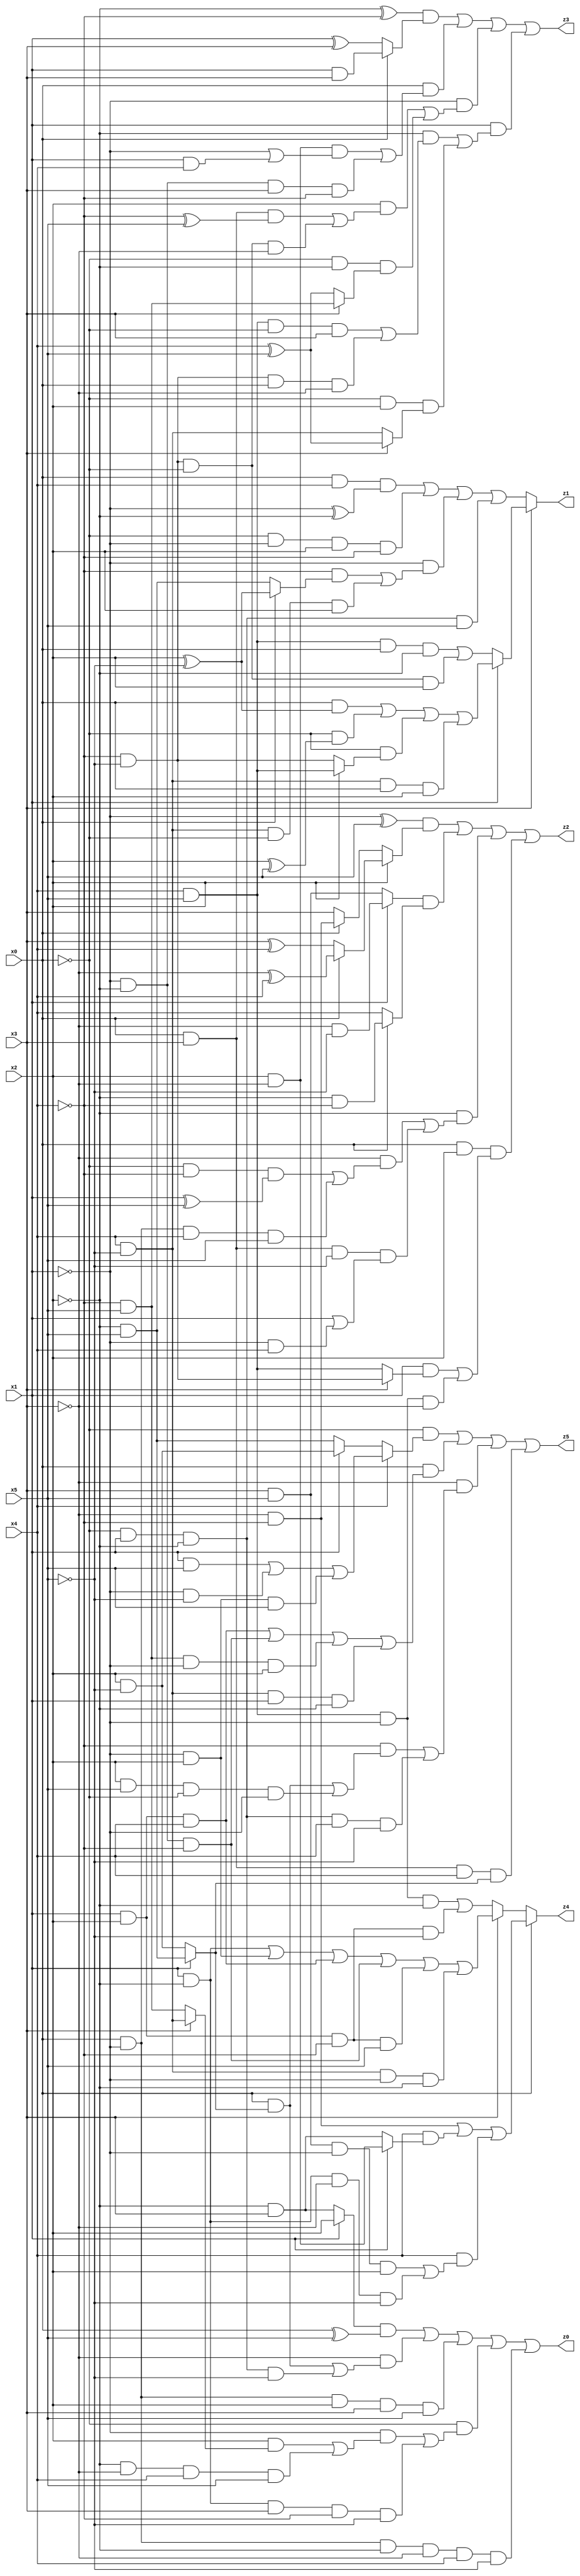
// Benchmark "X_52" written by ABC on Wed Jun 07 23:39:59 2023

module X_52 ( 
    x0, x1, x2, x3, x4, x5,
    z0, z1, z2, z3, z4, z5  );
  input  x0, x1, x2, x3, x4, x5;
  output z0, z1, z2, z3, z4, z5;
  assign z0 = ((x1 ? x2 : (~x2 & x3)) & (x0 ^ x5)) | (~x3 & ((x0 & (x1 ? (~x2 & x5) : (x2 & ~x5))) | (~x0 & x1 & ~x2 & ~x5))) | (x0 & ~x1 & x2 & x3 & x5) | (~x0 & ((~x1 & ((x2 & (x3 ? (x4 & ~x5) : (~x4 & x5))) | (~x2 & ~x3 & x4 & x5))) | (x1 & ~x2 & x3 & ~x4 & ~x5))) | (x0 & ~x1 & ~x2 & ~x3 & x4 & ~x5);
  assign z1 = x3 ? (x1 ? ((x0 & (x2 ^ ~x5)) | (~x0 & (x2 ^ x5)) | (~x0 & (x2 ? (x4 & x5) : (~x4 & ~x5))) | (x4 & ~x5 & x0 & x2)) : ((x4 & x5 & x0 & ~x2) | (~x4 & ~x5 & ~x0 & x2))) : ((x0 & x4 & (~x1 ^ ~x2)) | (~x0 & ~x1 & x2 & ~x4) | (~x1 & ((~x4 & (x0 ? (x2 ^ ~x5) : (~x2 & x5))) | (x4 & ~x5 & ~x0 & x2))) | (~x0 & x1 & ~x2 & x5));
  assign z2 = ((~x1 ^ x5) & (x2 ? (x0 ? (~x3 ^ x4) : (x3 ^ x4)) : (x0 ? (~x3 & ~x4) : x3))) | ((x1 ? (~x3 & ~x5) : (x3 & x5)) & (x0 ? (~x2 & ~x4) : x4)) | (~x2 & ((~x3 & ((~x0 & ~x4 & (x1 ^ x5)) | (x0 & ~x1 & x4 & x5))) | (x0 & x3 & ~x5 & (x1 | (~x1 & x4))))) | (x0 & x2 & ((x1 & (x3 ? (~x4 & ~x5) : (x4 & x5))) | (x4 & x5 & ~x1 & ~x3)));
  assign z3 = ((~x2 ^ ~x4) & (x0 ? (x1 & x3) : (x1 ^ x3))) | (x0 & ((x2 & ~x3 & (~x1 | (x1 & x4))) | (~x1 & ~x2 & x3 & ~x4))) | (~x1 & ((x2 & ((x0 & x3 & (~x4 ^ x5)) | (~x4 & ~x5 & ~x0 & ~x3))) | (~x0 & ~x2 & (x3 ? (~x4 & x5) : (x4 ^ x5))))) | (x1 & ((~x2 & ((x4 & x5 & ~x0 & x3) | (~x4 & ~x5 & x0 & ~x3))) | (~x0 & x2 & (x3 ? (x4 ^ x5) : (x4 & ~x5)))));
  assign z4 = x0 ? ((~x3 & ~x4) | (x4 & (x1 ? (x2 & ~x3) : (~x2 & x3))) | (x4 & ((x3 & x5 & ~x1 & x2) | (x1 & ~x2 & ~x3 & ~x5)))) : (x3 ? ((x1 & ~x2) | (~x1 & x2) | (x1 & x2 & x4) | (~x1 & ~x2 & ~x4) | (x1 & x2 & ~x4 & x5) | (x4 & ~x5 & ~x1 & ~x2)) : ((x4 & x5 & ~x1 & ~x2) | (x1 & x2 & ~x4 & ~x5)));
  assign z5 = (~x0 & (x4 ? ((x1 & x5) | (~x1 & ~x5) | (~x1 & x2 & x5)) : (x1 ? (x2 & ~x5) : (~x2 & x5)))) | (x0 & ((x1 & x2 & x4) | (~x1 & ~x2 & ~x4) | (~x4 & x5 & ~x1 & x2) | (x4 & ~x5 & x1 & ~x2))) | (~x3 & ((~x4 & ((x0 & (x1 ? (~x2 & x5) : (x2 & ~x5))) | (x2 & x5 & ~x0 & ~x1))) | (~x0 & x1 & ~x2 & x4 & ~x5))) | (x0 & x3 & x4 & (x1 ? (~x2 & x5) : (x2 & ~x5)));
endmodule